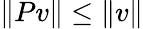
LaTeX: \| Pv\| \leq\| v\|